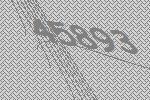
45893